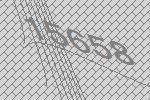
15658